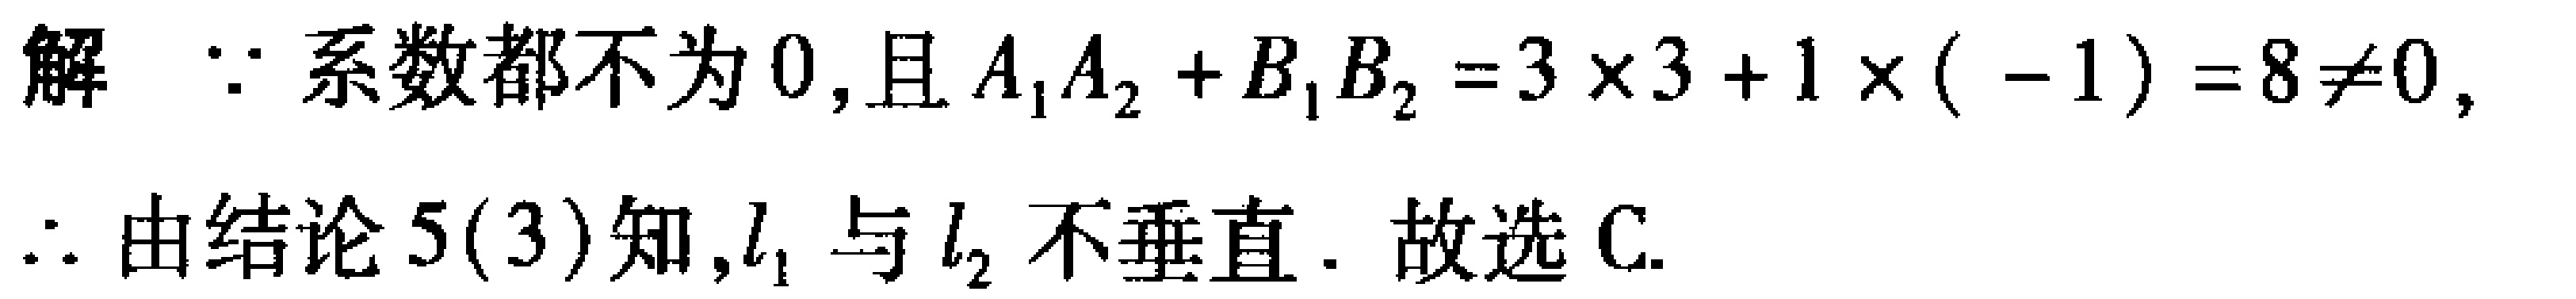
解 $\because$ 系数都不为 $0$,且 $A_{1}A_{2}+B_{1}B_{2}=3\times3 + 1\times(-1)=8\neq0$,
$\therefore$ 由结论 $5(3)$知,$l_{1}$ 与 $l_{2}$ 不垂直. 故选 C.